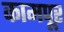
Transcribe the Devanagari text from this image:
कामपूर